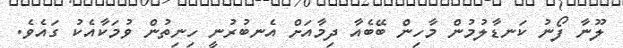
ލޫނާ ފޯނު ކަނޑާލުމުން މާހިން ބޭބެއާ ދިމާއަށް އެނބުރުނީ ހިނިތުން ވުމަކާއެކު ގައެވެ.